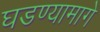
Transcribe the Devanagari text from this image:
घडण्यामागे